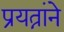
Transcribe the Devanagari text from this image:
प्रयत्नांने